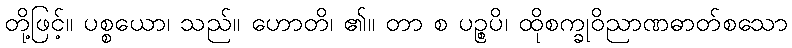
တို့ဖြင့်။ ပစ္စယော၊ သည်။ ဟောတိ၊ ၏။ တာ စ ပဉ္စပိ၊ ထိုစက္ခုဝိညာဏဓာတ်စသော